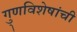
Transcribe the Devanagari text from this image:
गु्णविशेषांची